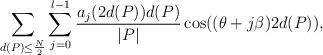
LaTeX: \begin{align*}\sum_{d(P) \leq \frac{N}{2}} \sum_{j=0}^{l-1} \frac{a_j(2d(P)) d(P)}{|P|} \cos((\theta+j \beta) 2 d(P)),\end{align*}